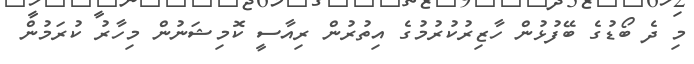
މި ދެ ބޯޑުގެ ބޭފުޅުން ހާޒިރުކުރުމުގެ އިތުރުން ރިއާސީ ކޮމިޝަނުން މިހާރު ކުރަމުން